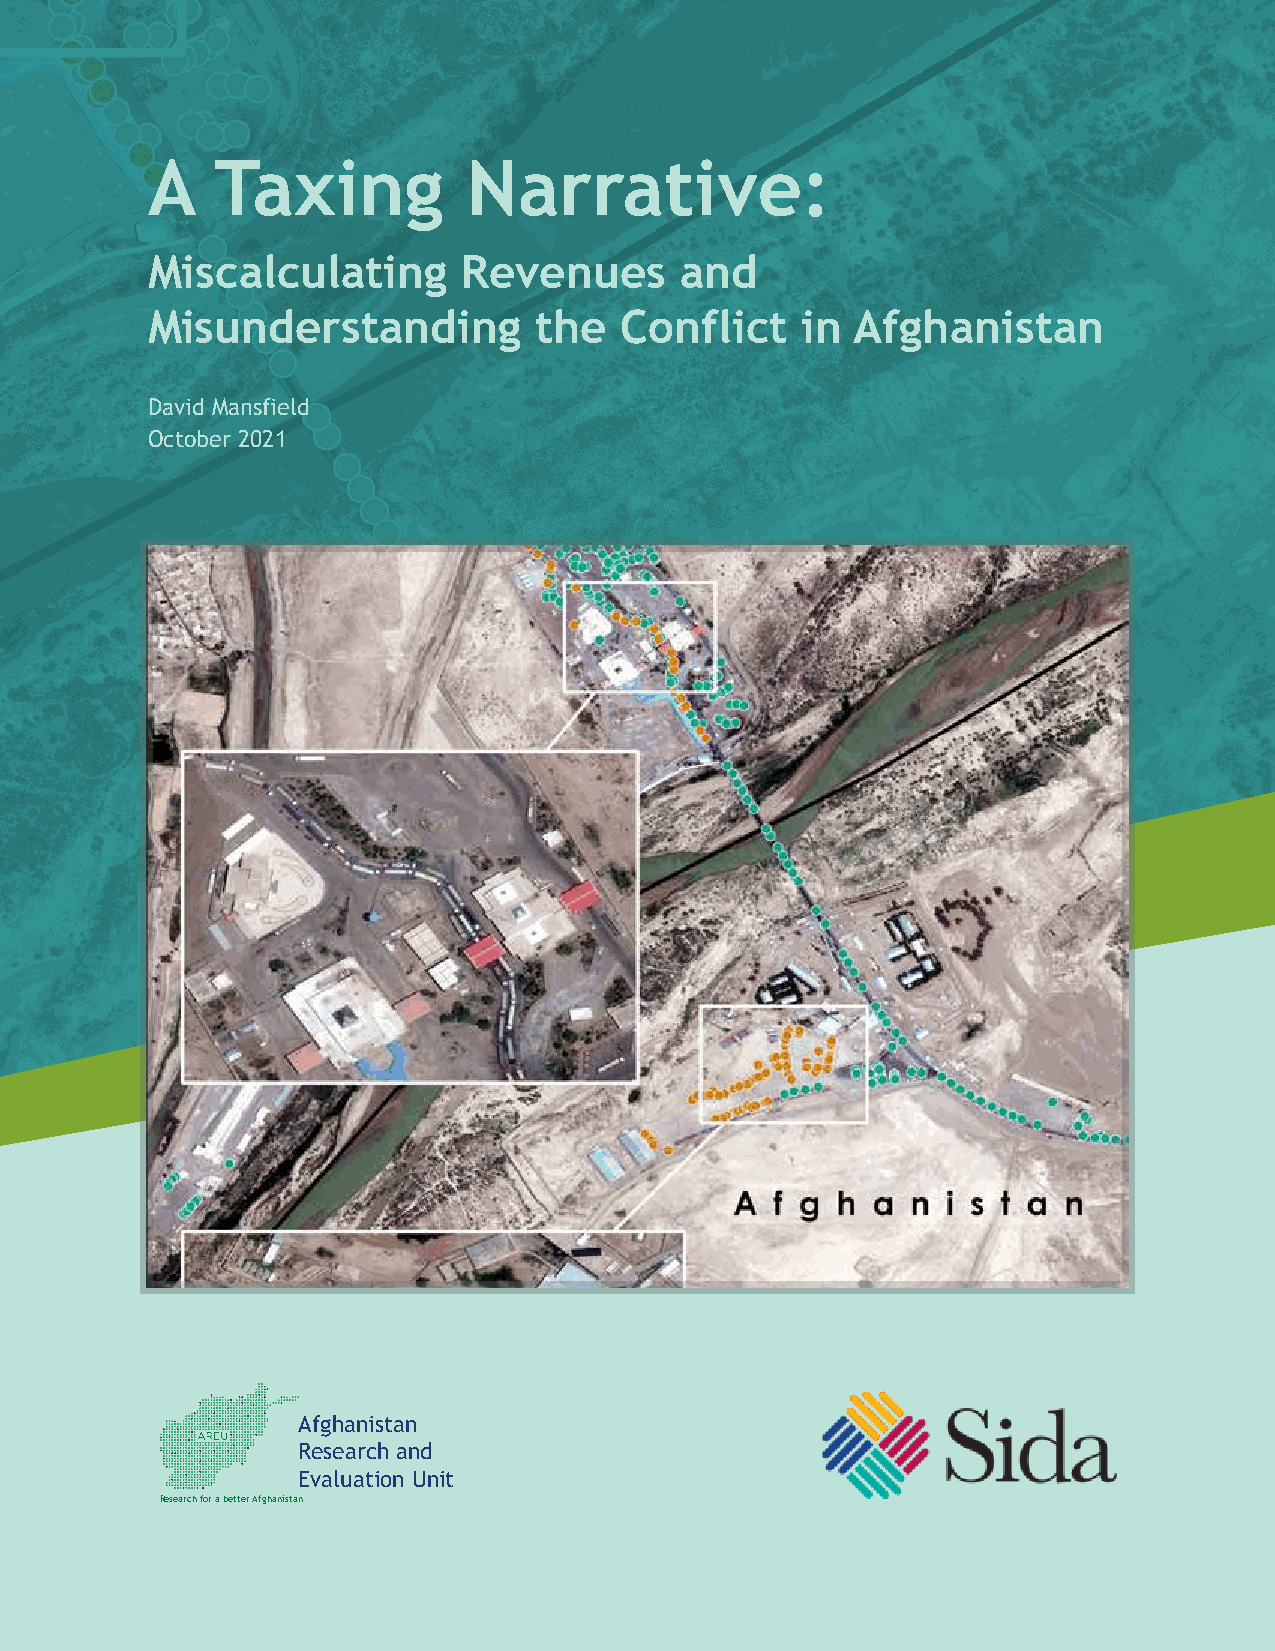
A   Taxing           Narrative:
 Miscalculating       Revenues      and
 Misunderstanding         the   Conflict    in  Afghanistan
 David Mansfield
 October 2021
 Afghanistan
 Research and
 Evaluation Unit
 Research for a better Afghanistan